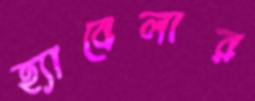
হ্যাবেলার